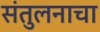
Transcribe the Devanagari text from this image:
संतुलनाचा